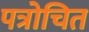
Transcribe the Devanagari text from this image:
पत्रोचित